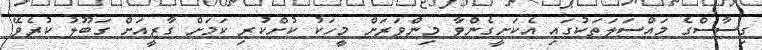
ގިސާސްގެ މައްސަލަތަކުގައި އެކަށީގެންވާ މިންވަރަށް މީހަކު ކުށްކުރި ކަމަށް ގާޒީއަށް ގަބޫލު ކުރެވޭ